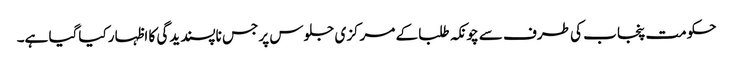
حکومت پنجاب کی طرف سے چونکہ طلبا کے مرکزی جلوس پر جس ناپسندیدگی کا اظہار کیاگیا ہے۔